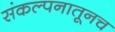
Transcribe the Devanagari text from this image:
संकल्पनातूनच